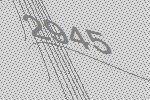
2945